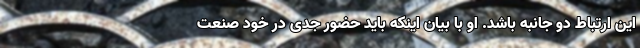
این ارتباط دو جانبه باشد. او با بیان اینکه باید حضور جدی در خود صنعت